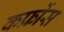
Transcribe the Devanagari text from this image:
कफ्रोंस